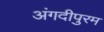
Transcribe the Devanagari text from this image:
अंगदीपुरम